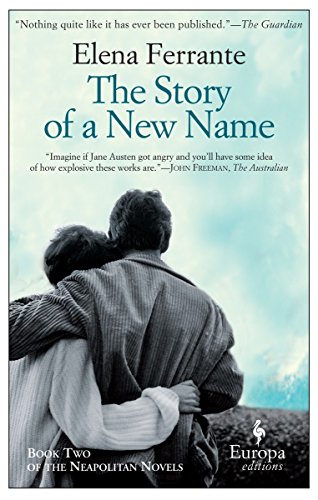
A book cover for The Story of a New Name: Neapolitan Novels, Book Two; Elena Ferrante; Literature & Fiction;